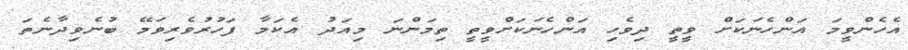
އެހެންވީމަ އަންހެނަކަށް ވީތީ ދިވެހި އަންހެނަކަށްވީތީ ތިމަންނަ މިއަދު އެކަމާ ފަހުރުވެރިވަމޭ ބުނެވިދާނެތަ